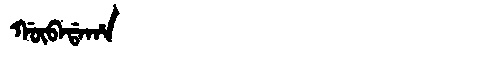
Manchu: ᡤᡡᠪᠠᡩᠠᡥᠠ
Romanization: GŪBADAHA